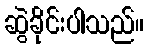
ဆွဲခိုင်းပါသည်။